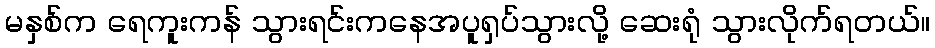
မနှစ်က ရေကူးကန် သွားရင်းကနေအပူရှပ်သွားလို့ ဆေးရုံ သွားလိုက်ရတယ်။